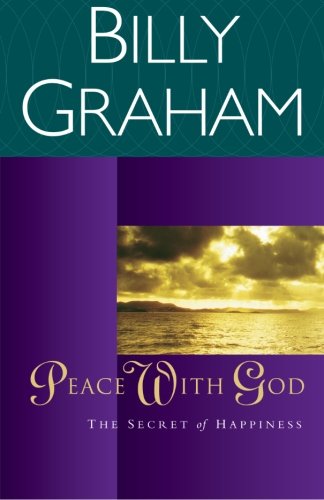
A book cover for Peace with God: The Secret Happiness; Billy Graham; Christian Books & Bibles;